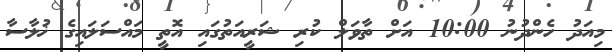
މިއަދު ހެންދުނު 10:00 އަށް ތާވަލް ކުރި ޝަރީއަތުގައި އޮތީ މައްސަލައިގެ ޚުލާސާ